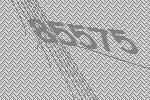
85575